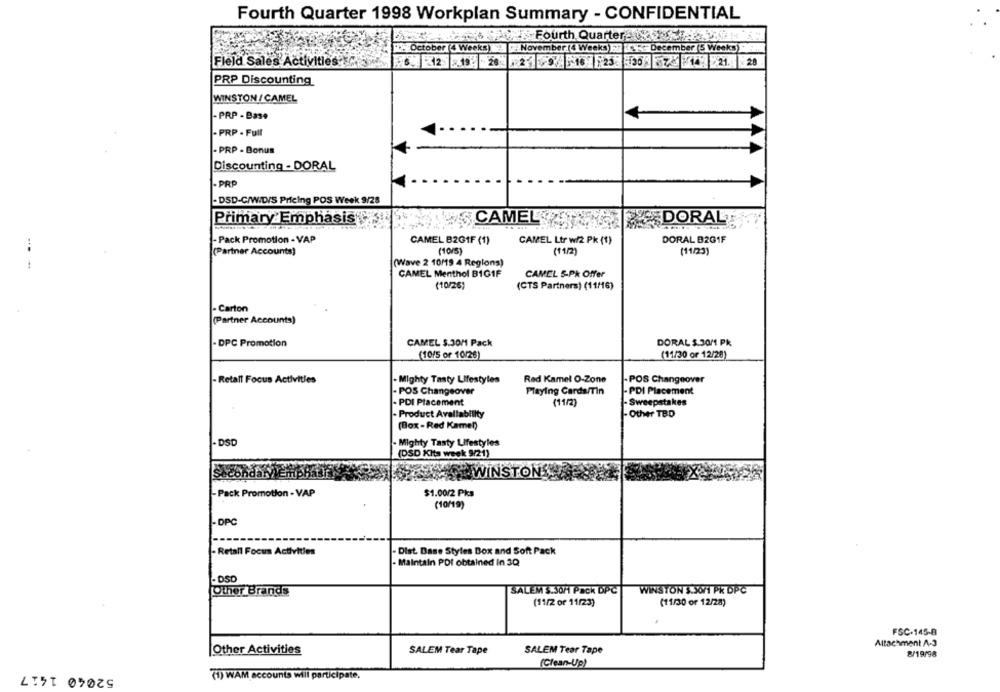
Fourth Quarter 1998 Workplan Summary - CONFIDENTIAL
---
Fourth Quarter - AP
October (4 Weeks)
November (4 Weeks)ES 1. 5+ December (5 Weeks)
6. 12 19 28
1825
21.
28
Fleld Sales Activities:
PRP Discounting
WINSTON / CAMEL
- PRP - Base
- PRP - Full
- PRP - Bonus
Discounting - DORAL
- PRP
-DSD-C/WIDIS Pricing POS Week 9/28
Primary Emphasis ES
CAMEL DORAL
- Pack Promotion - VAP
CAMEL B2GIF (1)
CAMEL Ltr w/2 Pk (1)
DORAL B2G1F
(Partner Accounts)
(10/5
(11/2)
(11/23)
(Wave 2 10/19 4 Regions)
CAMEL Menthol B1GIF
CAMEL 5-Pk Offer
(10/26)
(CTS Partners) (11/16)
- Carton
(Partner Accounts)
- DPC Promotion
CAMEL $.30M Pack
DORAL $ 30M1 Pk
(10/5 or 10/26)
(11/30 or 12/20)
- Retall Focus Activities
- Mighty Tasty Lifestyles
Red Kamel O-Zone
-POS Changeover
- POS Changeover
Playing Cards/Tin
- PDI Placement
- PDI Placement
(11/2)
- Sweepstakes
- Product Availability
- Other TBD
(Box-Red Kamel)
- DSD
- Mighty Tasty Lifestyles
(DSD Kits week 9/21)
WINSTONS
-Pack Promotion - VAP
$1.00/2 Pks
(10/19)
- DPC
- Retall Focus Activities
Dist. Dase Styles Box and Soft Pack
Maintain POI obtained in 3Q
- DSD
Other Brands
SALEM S.30/ Pack DPC
WINSTON $.30/1 PK DPC
(11/2 or 11/23)
(11/30 or 12/28)
FSC-145-8
Attachment A-3
Other Activities
SALEM Tear Tape
SALEM Tear Tape
8/19/98
(Clean-Up)
52040 1417
(1) WAM accounts will participate,